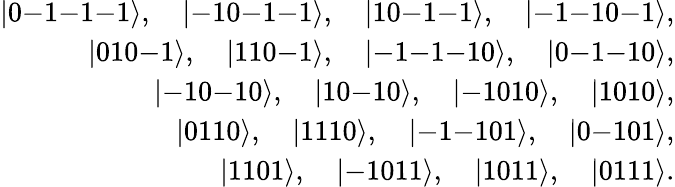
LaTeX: \begin{array}{r}{|0\mathrm{-}1\mathrm{-}1\mathrm{-}1\rangle,\quad|\mathrm{-}10\mathrm{-}1\mathrm{-}1\rangle,\quad|10\mathrm{-}1\mathrm{-}1\rangle,\quad|\mathrm{-}1\mathrm{-}10\mathrm{-}1\rangle,}\\ {|010\mathrm{-}1\rangle,\quad|110\mathrm{-}1\rangle,\quad|\mathrm{-}1\mathrm{-}1\mathrm{-}10\rangle,\quad|0\mathrm{-}1\mathrm{-}10\rangle,}\\ {|\mathrm{-}10\mathrm{-}10\rangle,\quad|10\mathrm{-}10\rangle,\quad|\mathrm{-}1010\rangle,\quad|1010\rangle,}\\ {|0110\rangle,\quad|1110\rangle,\quad|\mathrm{-}1\mathrm{-}101\rangle,\quad|0\mathrm{-}101\rangle,}\\ {|1101\rangle,\quad|\mathrm{-}1011\rangle,\quad|1011\rangle,\quad|0111\rangle.}\end{array}